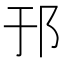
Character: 邘